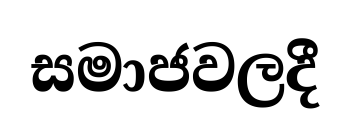
සමාජවලදී